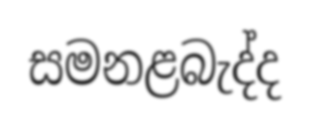
සමනළබැද්ද